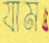
যাম